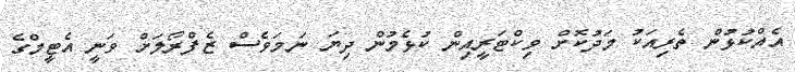
އެއްކުޅުން ތެރިއަކު މަދުކޮށް ވިކްޓަރީއިން ކުޅެމުން ދިޔަ ނަމަވެސް ޒެފްރޯލަށް ވަނީ އެޓީމްގެ